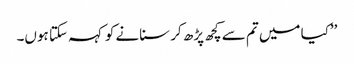
’’کیا میں تم سے کچھ پڑھ کر سنانے کو کہہ سکتا ہوں۔